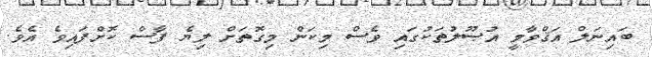
ބައިނަލް އަޤްވާމީ އުޞޫލުތަކުގައި ވެސް މިކަން މިގޮތަށް ލިޔެ ފާސް ކޮށްފައިވެ އެވެ.